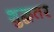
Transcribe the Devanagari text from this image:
शुद्धतर